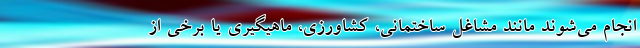
انجام می‌شوند مانند مشاغل ساختمانی، کشاورزی، ماهیگیری یا برخی از